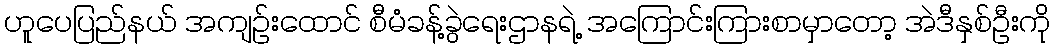
ဟူပေပြည်နယ် အကျဉ်းထောင် စီမံခန့်ခွဲရေးဌာနရဲ့ အကြောင်းကြားစာမှာတော့ အဲဒီနှစ်ဦးကို